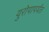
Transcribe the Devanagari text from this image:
युरोपापर्यंत